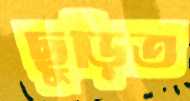
ছুড়িত